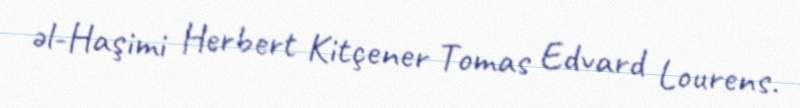
əl-Haşimi Herbert Kitçener Tomas Edvard Lourens.